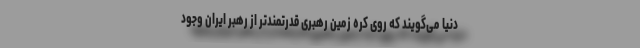
دنیا می‌گویند که روی کره زمین رهبری قدرتمندتر از رهبر ایران وجود